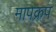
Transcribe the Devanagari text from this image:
मापक्रप